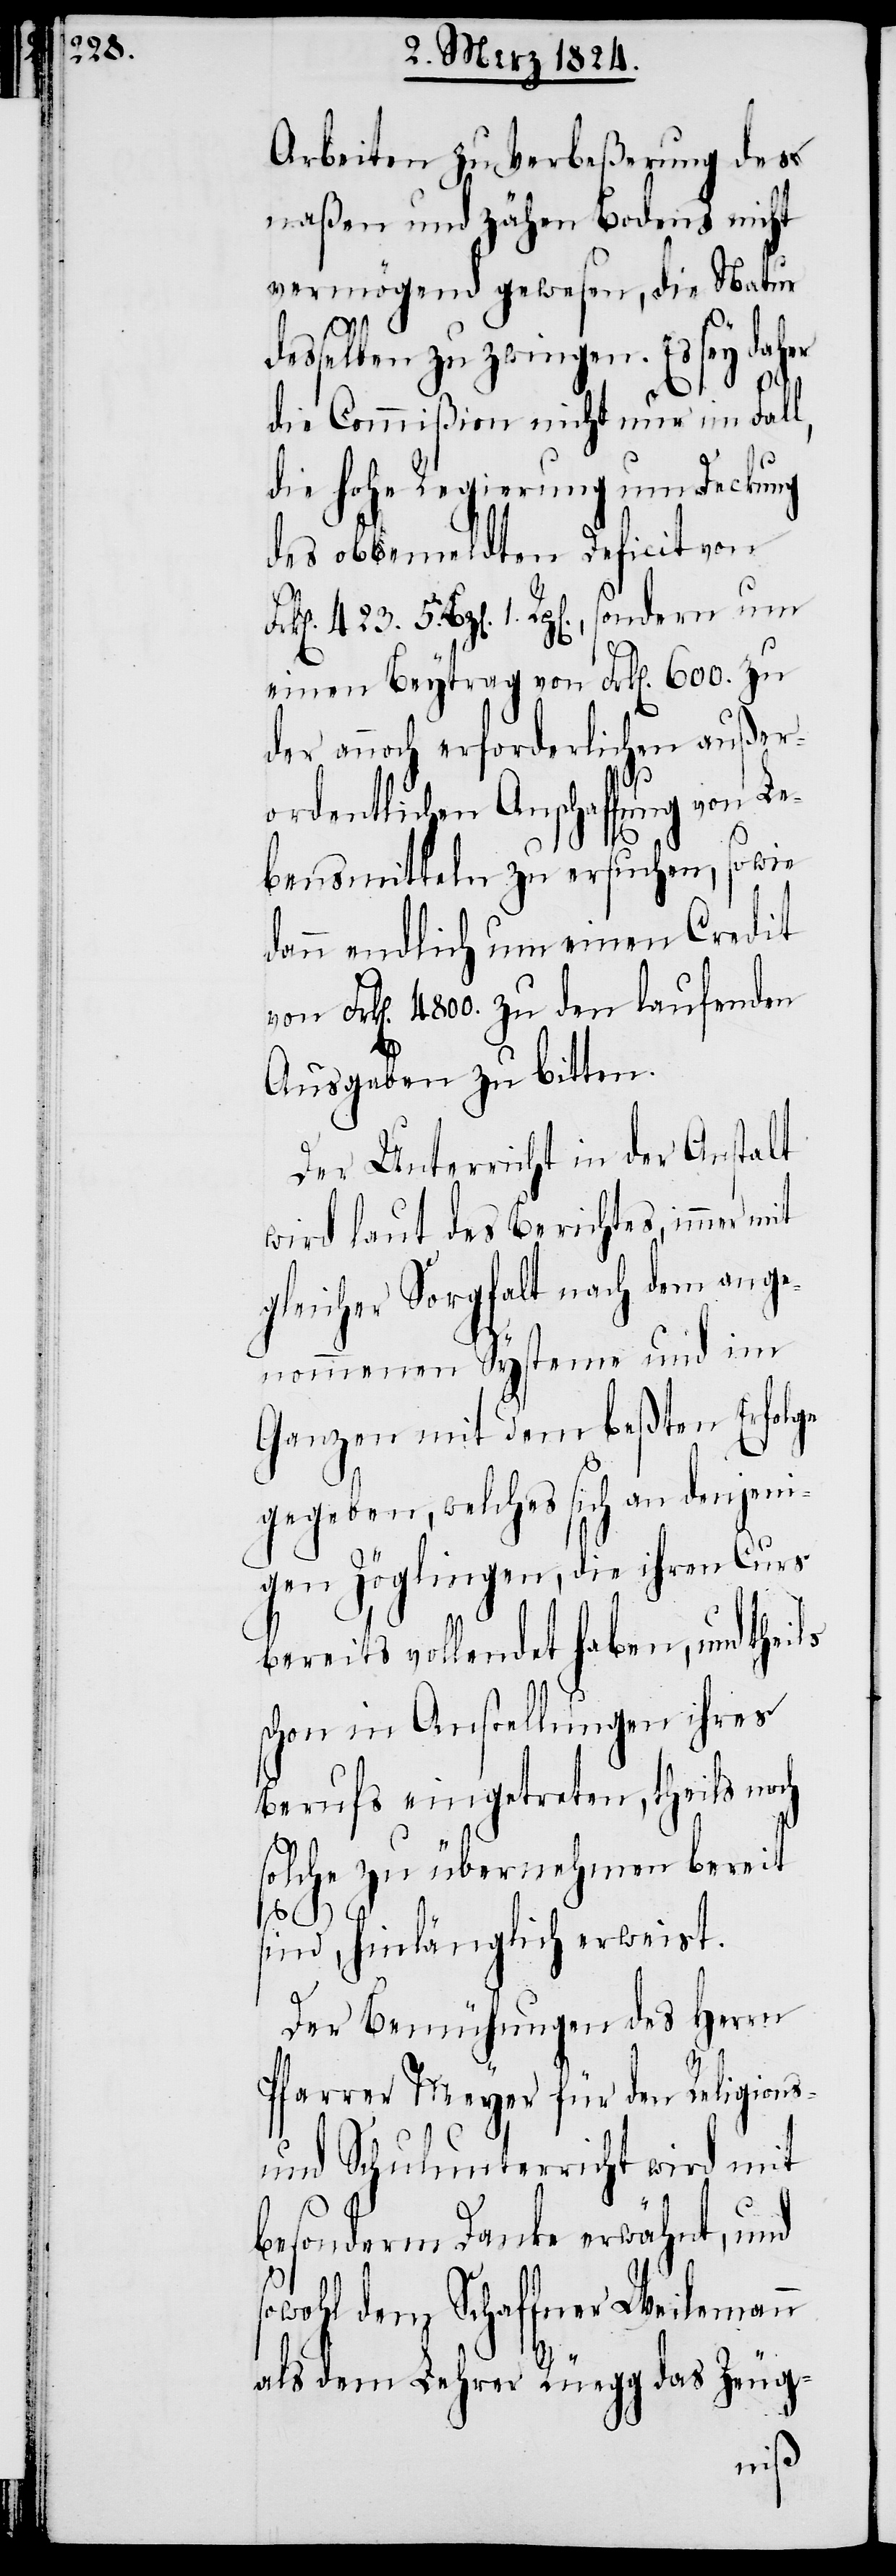
423.

Arbeiten zu Verbeßerung des
naßen und zähen Bodens nicht
vermögend gewesen, die Natur
desselben zu zwingen. Es sey daher
die Commißion nicht nur im Fall,
die hohe Regierung um Deckung
des obbemeldten Deficit von
Bz[en]. 1. Rp[en]., sondern um
einen Beytrag von Frk[en]. 600. zu
der annoch erforderlichen außer¬
ordentlichen Anschaffung von Le¬
bensmitteln zu ersuchen, sowie
dann endlich um einen Credit
von Frk[en]. 4800. zu den laufenden
Ausgaben zu bitten.
Der Unterricht in der Anstalt
wird laut des Berichtes, immer mit
gleicher Sorgfalt nach dem ange¬
nommenen Systeme und im
Ganzen mit dem beßten Erfolge
gegeben, welches sich an denjeni¬
gen Zöglingen, die ihren Curs
bereits vollendet haben, und theils
schon in Anstellungen ihres
Berufs eingetreten, theils noch
solche zu übernehmen bereit
5.
sind, hinlänglich erweist.
Der Bemühungen des Herrn
Pfarrer Meyer für den Religions-
und Schulunterricht wird mit
besonderm Danke erwähnt, und
sowohl dem Schaffner Weilemann
als dem Lehrer Rüegg das Zeug-